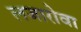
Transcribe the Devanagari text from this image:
लजारोवा